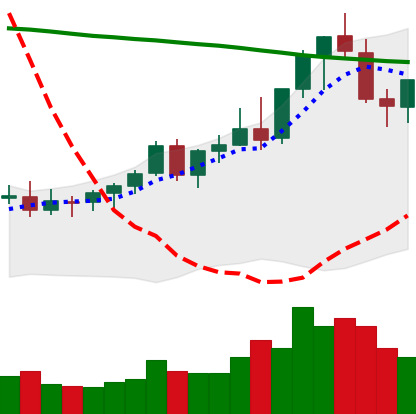
Ticker: EOS-USD
Chart end date: 2021-08-19
Forward return: -3.623%
Label: down_3_5